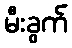
မီးခွက်